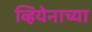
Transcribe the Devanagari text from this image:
व्हियेनाच्या